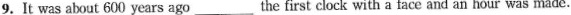
9.It was about 600 years ago___the first clock with a face and an hour was made.